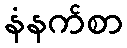
နံနက်စာ